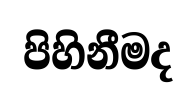
පිහිනීමද